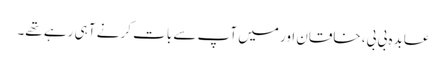
عابدہ بی بی، خاقان اور میں آپ سے بات کرنے آ ہی رہے تھے۔